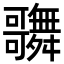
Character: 𪢦